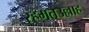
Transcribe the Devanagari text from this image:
रहमतउल्लाह